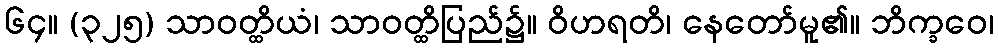
၆၄။ (၃၂၅) သာဝတ္ထိယံ၊ သာဝတ္ထိပြည်၌။ ဝိဟရတိ၊ နေတော်မူ၏။ ဘိက္ခဝေ၊